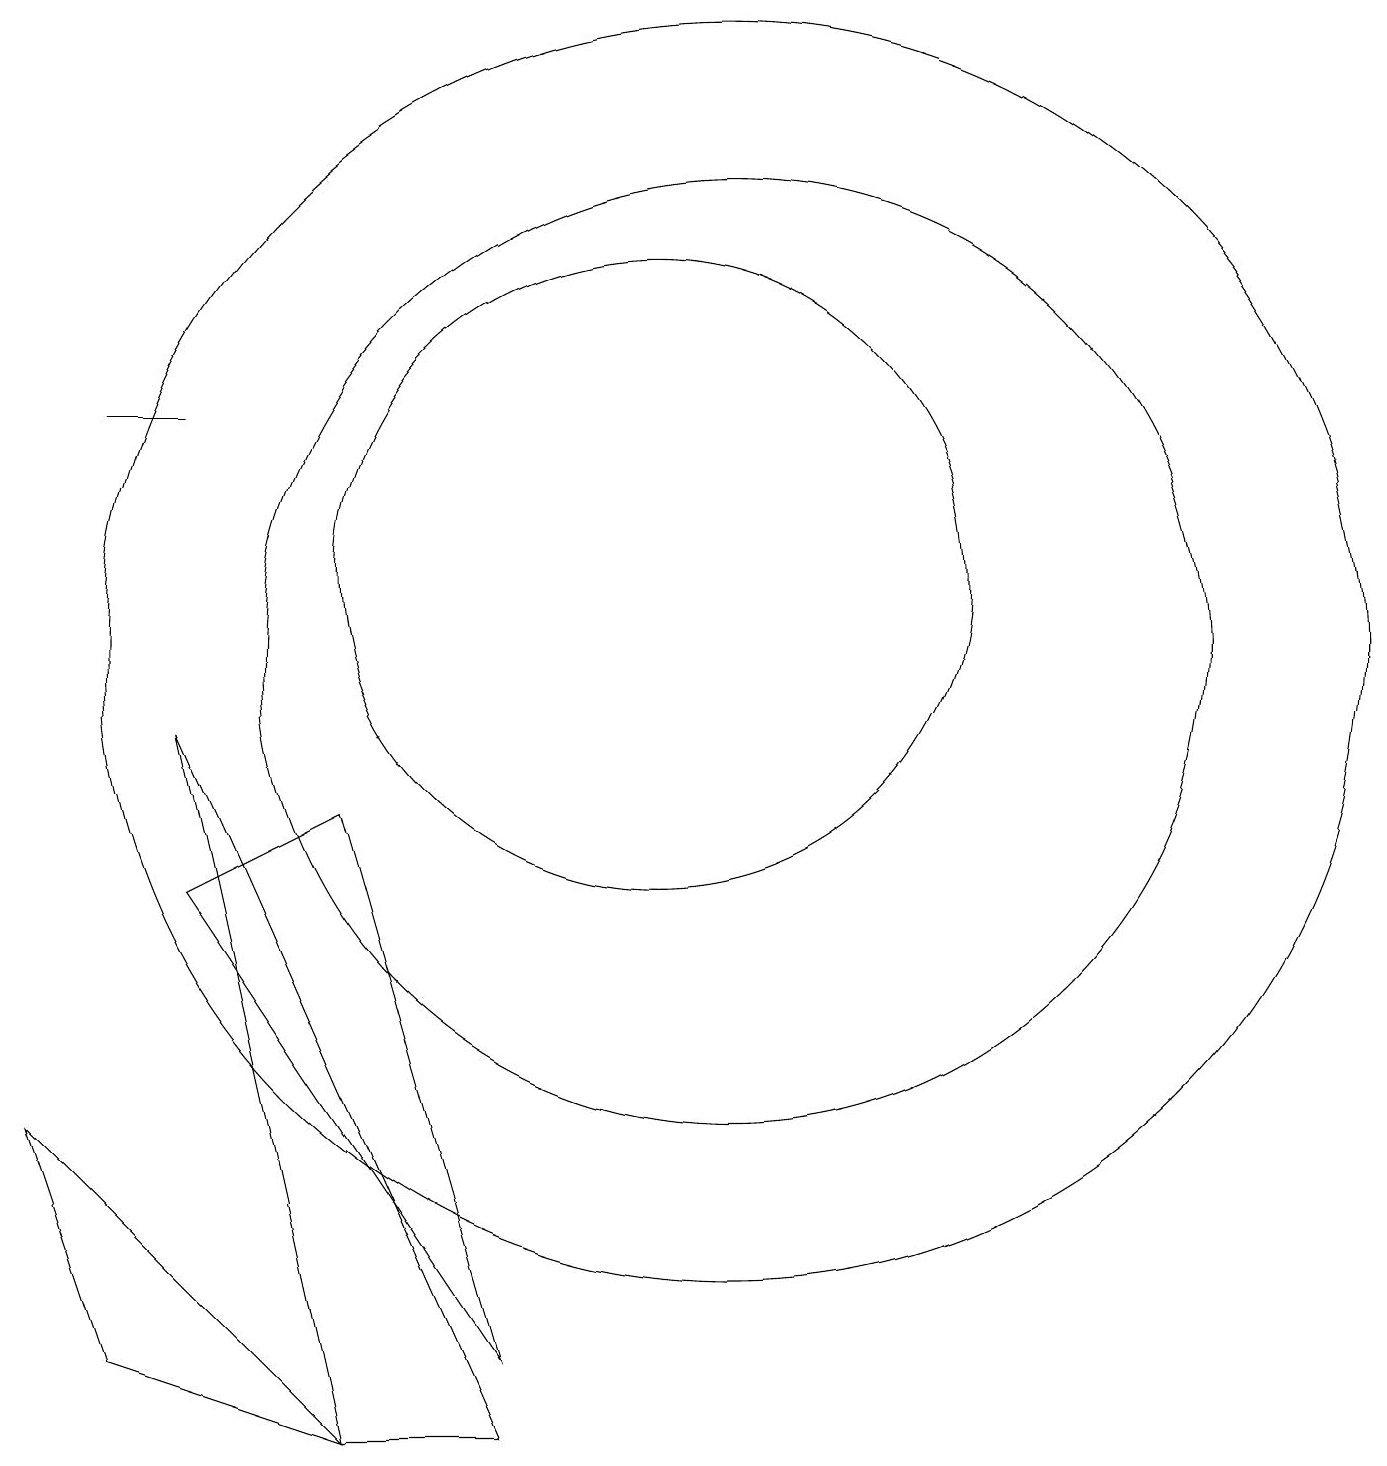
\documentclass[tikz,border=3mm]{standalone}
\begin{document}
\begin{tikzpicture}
\draw (10,11) circle (4);
\draw (8,0) -- (4,9) -- (6,0) -- cycle;
\draw (6,8) -- (4,7) -- (8,1) -- cycle;
\draw (11,10) circle (8);
\draw (4,13) rectangle (3,13);
\draw (6,0) -- (3,1) -- (2,4) -- cycle;
\draw (11,10) circle (6);
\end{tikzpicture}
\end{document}